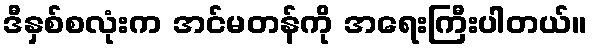
ဒီနှစ်စလုံးက အင်မတန်ကို အရေးကြီးပါတယ်။